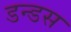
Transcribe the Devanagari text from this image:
डन्डस